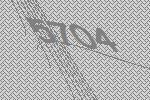
5704